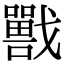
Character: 𡃣